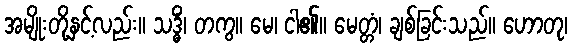
အမျိုးတို့နှင့်လည်း။ သဒ္ဓိံ၊ တကွ။ မေ၊ ငါ၏။ မေတ္တံ၊ ချစ်ခြင်းသည်။ ဟောတု၊